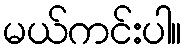
မယ်ကင်းပါ။